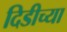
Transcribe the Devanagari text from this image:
दिडीच्या